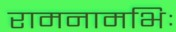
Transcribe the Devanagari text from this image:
रामनामभिः